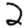
Digit: 2